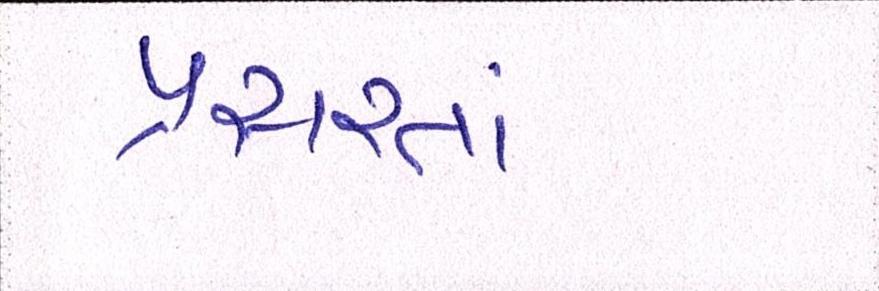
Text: પ્રસરતાં